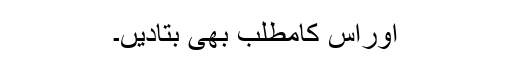
اوراس کامطلب بھی بتادیں۔